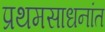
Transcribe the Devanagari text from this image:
प्रथमसाधनांत